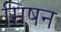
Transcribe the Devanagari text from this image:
मिषन